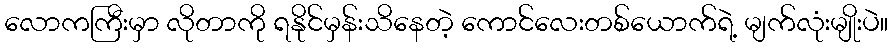
လောကကြီးမှာ လိုတာကို ရနိုင်မှန်းသိနေတဲ့ ကောင်လေးတစ်ယောက်ရဲ့ မျက်လုံးမျိုးပဲ။